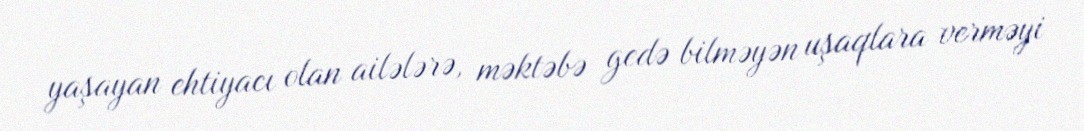
yaşayan ehtiyacı olan ailələrə, məktəbə gedə bilməyən uşaqlara verməyi